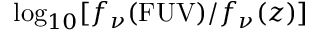
\log _ { 1 0 } [ f _ { \nu } ( \mathrm { F U V } ) / f _ { \nu } ( z ) ]